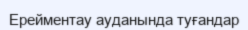
Ерейментау ауданында туғандар